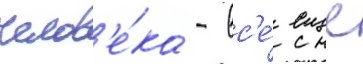
челов'е́ка - вс'е́ еще